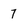
Character: 7